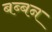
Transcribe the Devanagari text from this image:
बब्‍बन